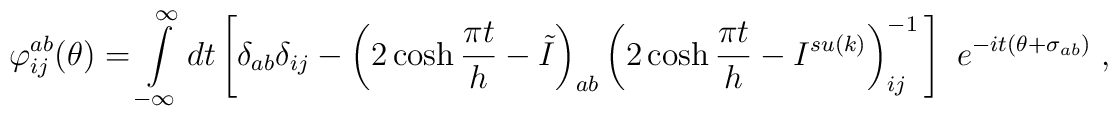
\varphi _{ij}^{ab}(\theta )=\int\limits_{-\infty }^{\infty }dt\left[ \delta_{ab}\delta _{ij}-\left( 2\cosh \frac{\pi t}{h}-\tilde{I}\right) _{ab}\left(2\cosh \frac{\pi t}{h}-I^{su(k)}\right) _{ij}^{-1}\,\right]\,\,e^{-it(\theta +\sigma _{ab})}\;,